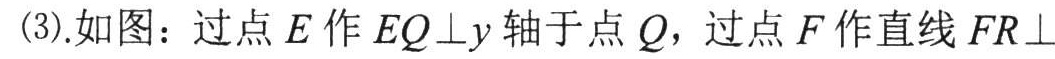
(3).如图：过点\(E\)作\(EQ\perp y\)轴于点\(Q\)，过点\(F\)作直线\(FR\perp\)